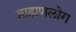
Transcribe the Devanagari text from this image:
ब्राह्मणलोग